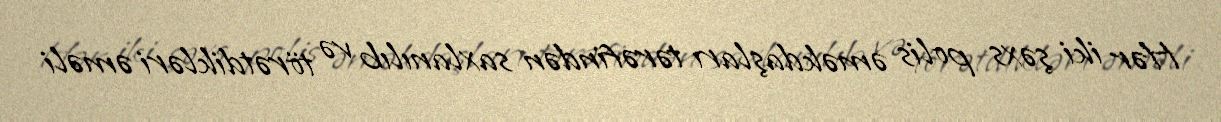
Hər iki şəxs polis əməkdaşları tərəfindən saxlanılıb və törətdikləri əməli